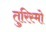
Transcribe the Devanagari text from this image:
तुरिस्मो